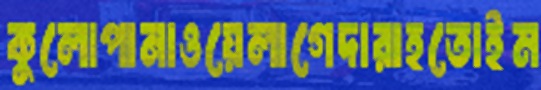
কুলোপানাওয়েলাগেদারাহতোইম